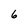
Character: 6